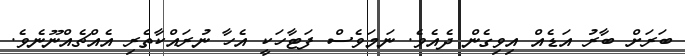
ބަރަށް ބާރު އަޑެއް އިވިގެން ދެއެވެ. ނަމަވެސް ފަޓާހަކީ އެހާ ނުރައްކާތެރި އެއްޗެއްނޫނެވެ.